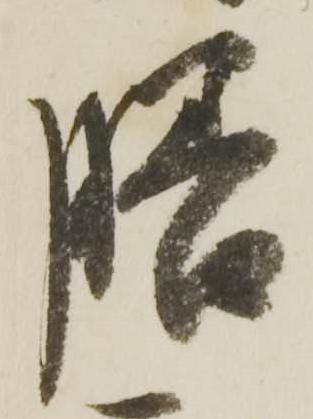
膳